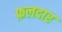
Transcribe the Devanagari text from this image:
फ़लदार